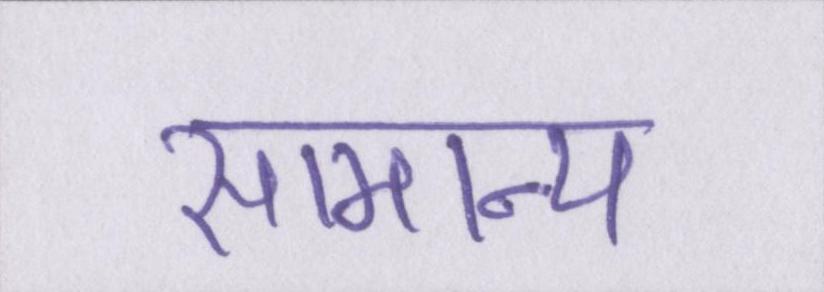
सामान्य